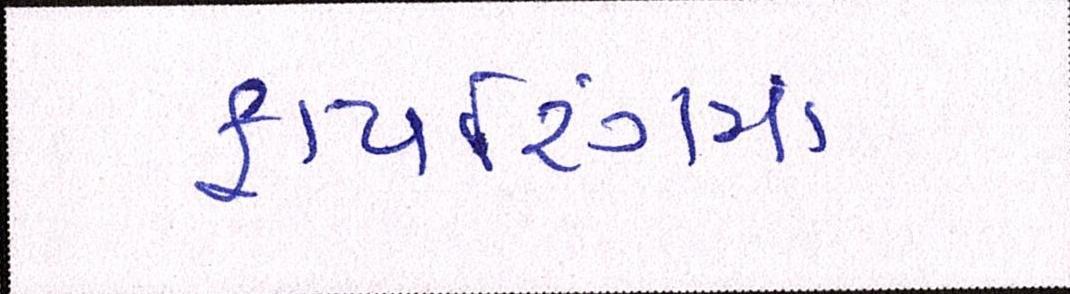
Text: ફાયરિંગમાં